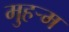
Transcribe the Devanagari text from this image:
मुहर्‍म